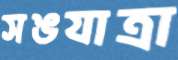
সঙযাত্রা